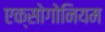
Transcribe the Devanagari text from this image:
एक्सोगोनियम